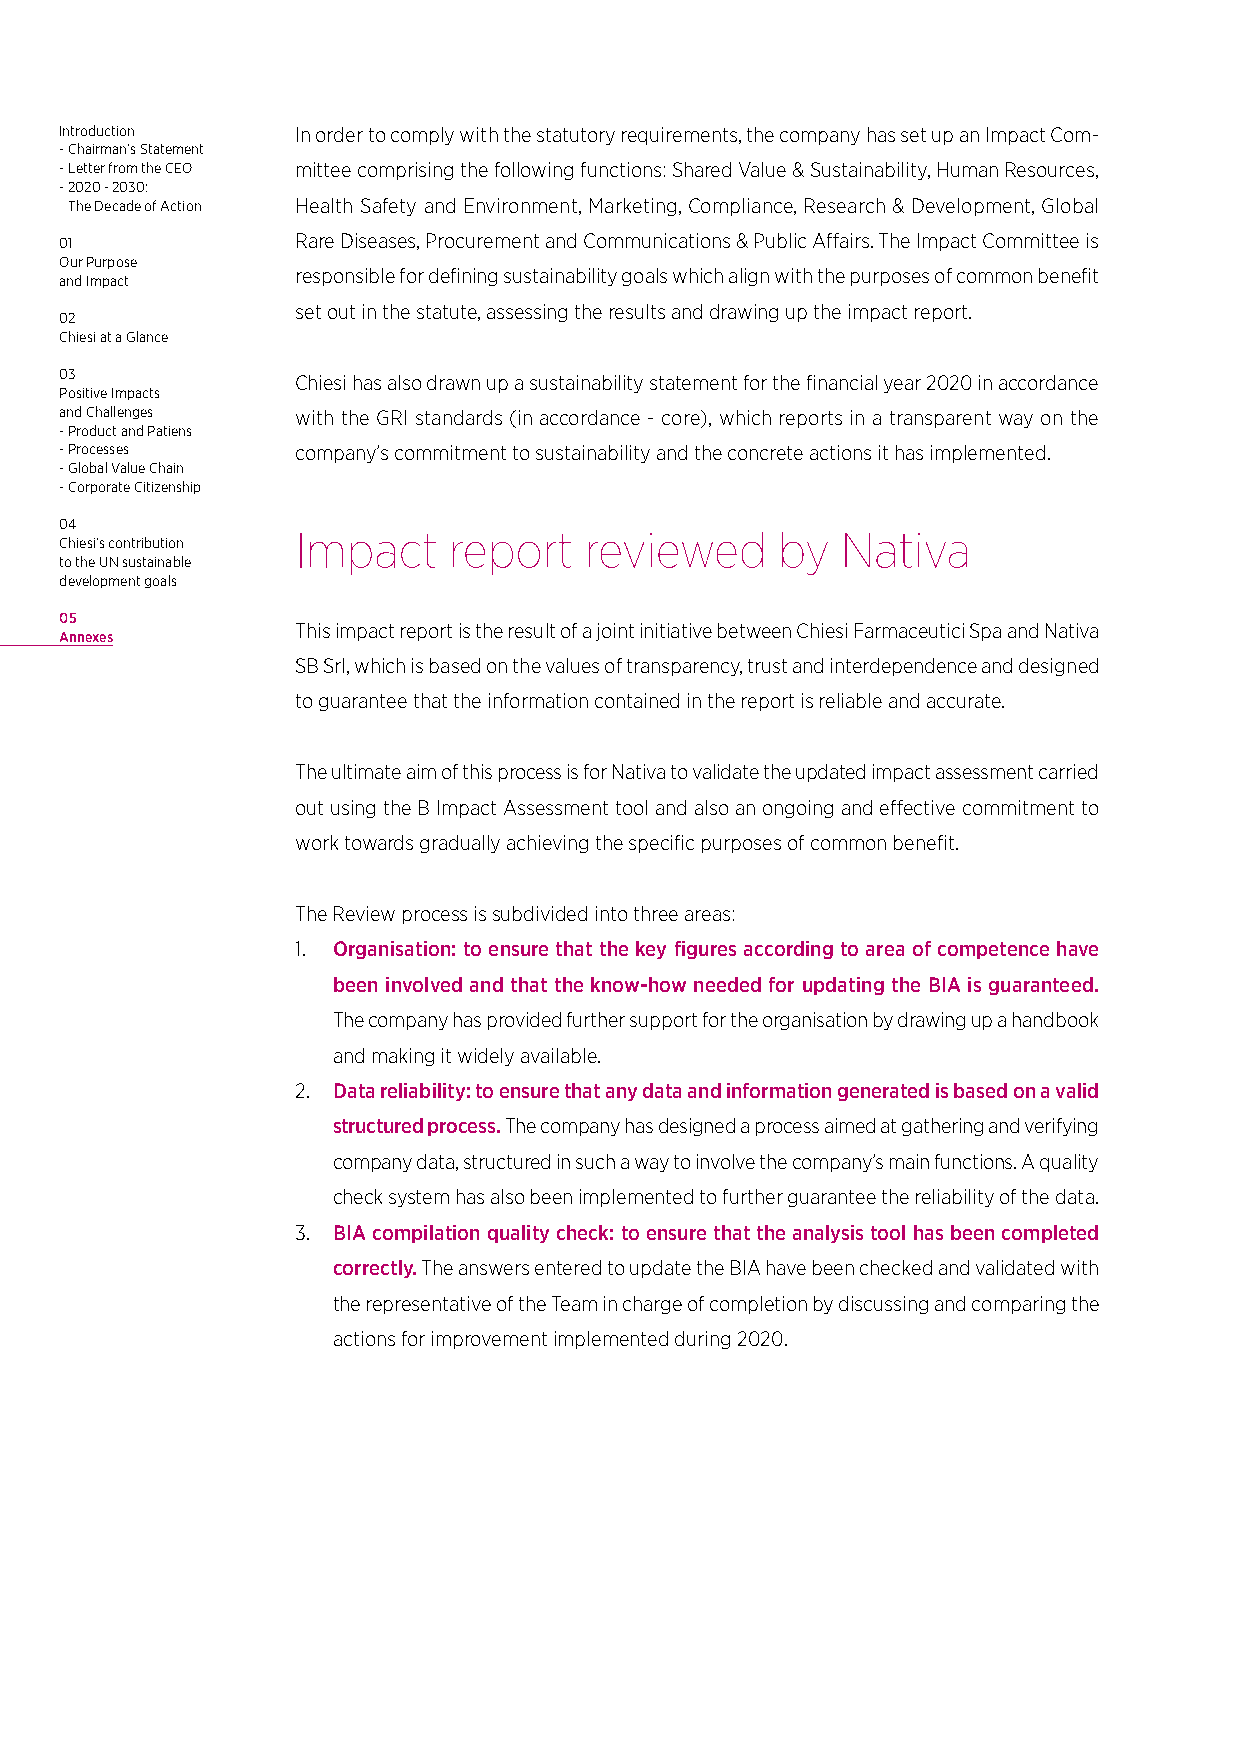
Introduction    In order to comply with the statutory requirements, the company has set up an Impact Com-
 - Chairman’s Statement
 - Letter from the CEO mittee comprising the following functions: Shared Value & Sustainability, Human Resources,
 - 2020 - 2030:
 The Decade of Action Health Safety and Environment, Marketing, Compliance, Research & Development, Global
 01              Rare Diseases, Procurement and Communications & Public Affairs. The Impact Committee is
 Our Purpose
 responsible for defining sustainability goals which align with the purposes of common benefit
 and Impact
 set out in the statute, assessing the results and drawing up the impact report.
 02
 Chiesi at a Glance
 03              Chiesi has also drawn up a sustainability statement for the financial year 2020 in accordance
 Positive Impacts
 and Challenges  with the GRI standards (in accordance - core), which reports in a transparent way on the
 - Product and Patiens
 - Processes     company’s commitment to sustainability and the concrete actions it has implemented.
 - Global Value Chain
 - Corporate Citizenship
 04
 Impact    report   reviewed    by   Nativa
 Chiesi’s contribution
 to the UN sustainable
 development goals
 05
 This impact report is the result of a joint initiative between Chiesi Farmaceutici Spa and Nativa
 Annexes
 SB Srl, which is based on the values of transparency, trust and interdependence and designed
 to guarantee that the information contained in the report is reliable and accurate.
 The ultimate aim of this process is for Nativa to validate the updated impact assessment carried
 out using the B Impact Assessment tool and also an ongoing and effective commitment to
 work towards gradually achieving the specific purposes of common benefit.
 The Review process is subdivided into three areas:
 1. Organisation: to ensure that the key figures according to area of competence have
 been involved and that the know-how needed for updating the BIA is guaranteed.
 The company has provided further support for the organisation by drawing up a handbook
 and making it widely available.
 2. Data reliability: to ensure that any data and information generated is based on a valid
 structured process. The company has designed a process aimed at gathering and verifying
 company data, structured in such a way to involve the company’s main functions. A quality
 check system has also been implemented to further guarantee the reliability of the data.
 3. BIA compilation quality check: to ensure that the analysis tool has been completed
 correctly. The answers entered to update the BIA have been checked and validated with
 the representative of the Team in charge of completion by discussing and comparing the
 actions for improvement implemented during 2020.